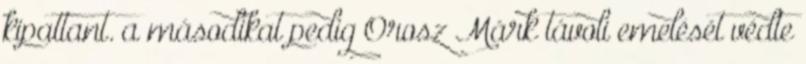
kipattant. a másodikat pedig Orosz Márk távoli emelését védte